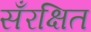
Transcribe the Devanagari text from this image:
सँरक्षित